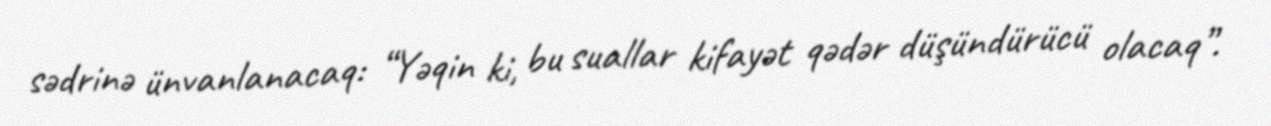
sədrinə ünvanlanacaq: “Yəqin ki, bu suallar kifayət qədər düşündürücü olacaq”.